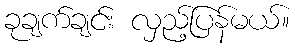
ခုချက်ချင်း လှည့်ပြန်မယ်။